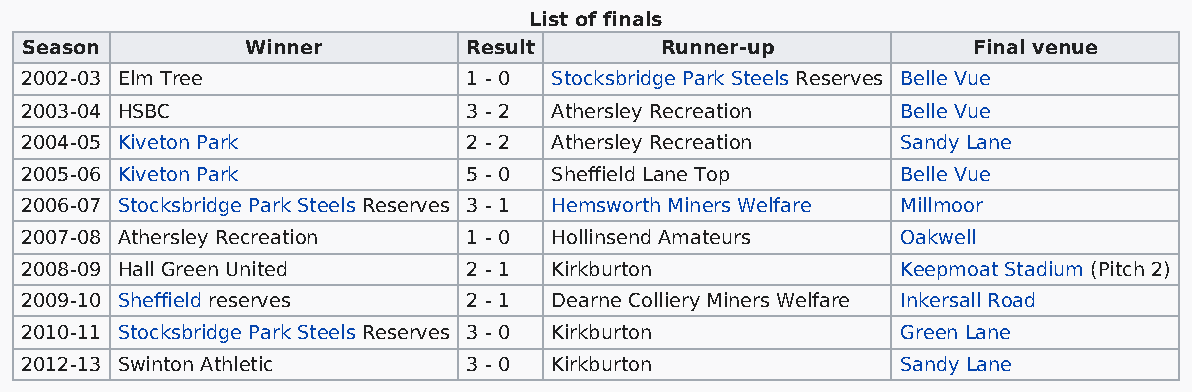
List of finals
 Season         Winner         Result       Runner-up           Final venue
 2002-03 Elm Tree              1 - 0 Stocksbridge Park Steels Reserves Belle Vue
 2003-04 HSBC                  3 - 2 Athersley Recreation   Belle Vue
 2004-05 Kiveton Park          2 - 2 Athersley Recreation   Sandy Lane
 2005-06 Kiveton Park          5 - 0 Sheffield Lane Top     Belle Vue
 2006-07 Stocksbridge Park Steels Reserves 3 - 1 Hemsworth Miners Welfare Millmoor
 2007-08 Athersley Recreation  1 - 0 Hollinsend Amateurs    Oakwell
 2008-09 Hall Green United     2 - 1 Kirkburton             Keepmoat Stadium (Pitch 2)
 2009-10 Sheffield reserves    2 - 1 Dearne Colliery Miners Welfare Inkersall Road
 2010-11 Stocksbridge Park Steels Reserves 3 - 0 Kirkburton Green Lane
 2012-13 Swinton Athletic      3 - 0 Kirkburton             Sandy Lane